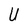
Character: U